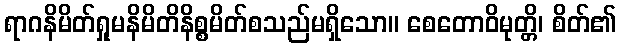
ရာဂနိမိတ်ရှုမနိမိတိနိစ္စမိတ်စသည်မရှိသော။ စေတောဝိမုတ္တိ၊ စိတ်၏